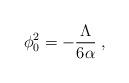
LaTeX: \begin{align*}\phi _{0}^{2}=-\frac{\Lambda }{6\alpha }\;, \end{align*}